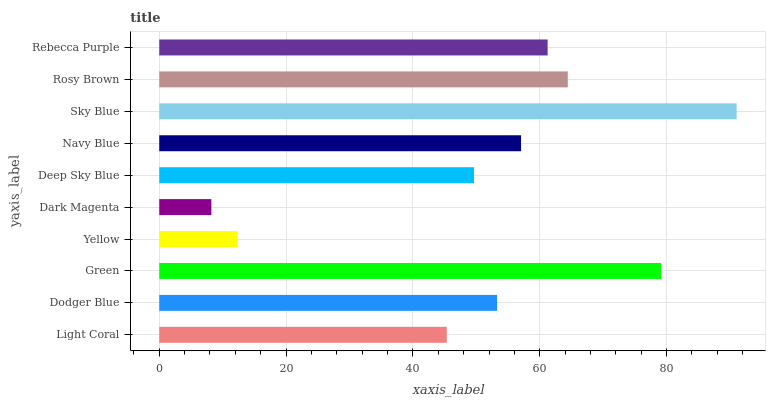
| yaxis_label | bars |
 | --- | --- |
 | Light Coral | 45.3 |
 | Dodger Blue | 53.3 |
 | Green | 79.1 |
 | Yellow | 12.3 |
 | Dark Magenta | 8.22 |
 | Deep Sky Blue | 49.6 |
 | Navy Blue | 57 |
 | Sky Blue | 91 |
 | Rosy Brown | 64.4 |
 | Rebecca Purple | 61.2 |